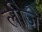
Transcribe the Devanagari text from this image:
लीजे